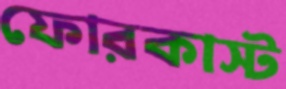
ফোরকাস্ট